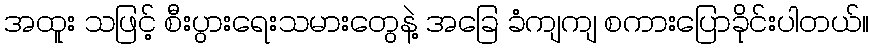
အထူး သဖြင့် စီးပွားရေးသမားတွေနဲ့ အခြေ ခံကျကျ စကားပြောခိုင်းပါတယ်။